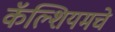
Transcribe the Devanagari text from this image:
कॅल्शियमचे